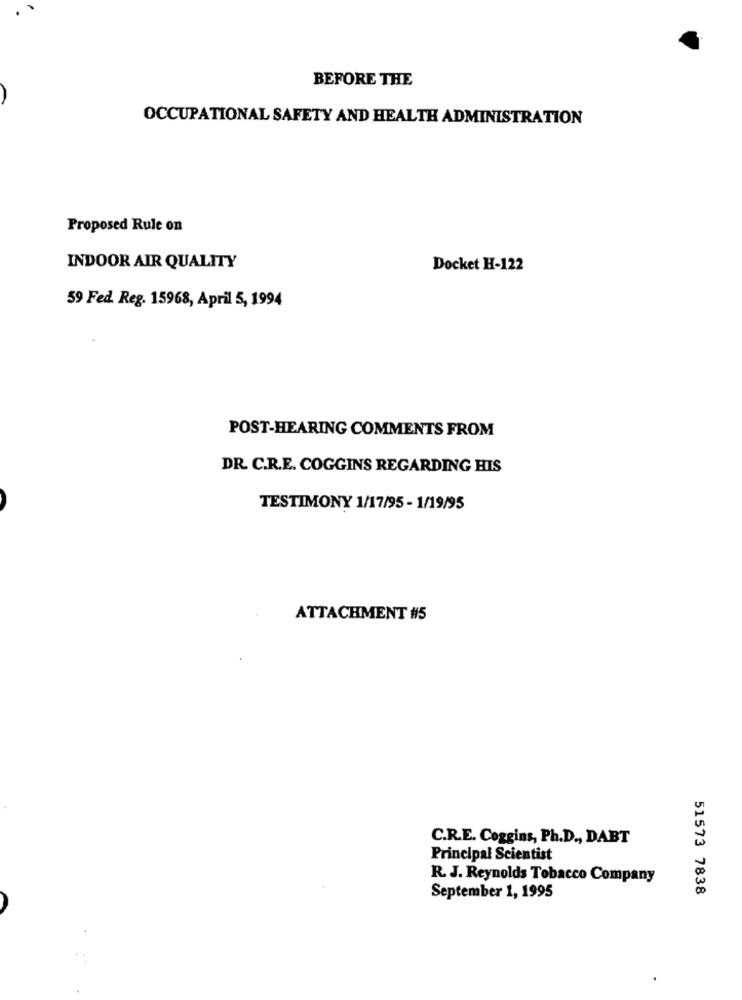
BEFORE THE
OCCUPATIONAL SAFETY AND HEALTH ADMINISTRATION
Proposed Rule on
INDOOR AIR QUALITY
Docket H-122
59 Fed. Reg. 15968, April 5, 1994
POST-HEARING COMMENTS FROM
DR. C.R.E. COGGINS REGARDING HIS
TESTIMONY 1/17/95 - 1/19/95
ATTACHMENT #5
C.R.E. Coggins, Ph.D ., DABT
Principal Scientist
R. J. Reynolds Tobacco Company
51573 7838
September 1, 1995